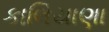
કાલિયાણા